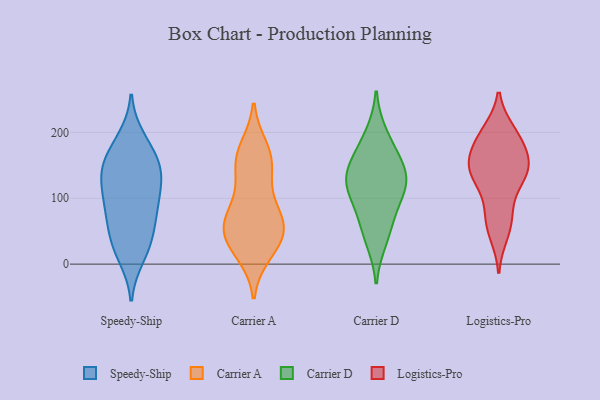
{"axis": {"x": "Gross Profit (USD K)", "y": "Value"}, "legend": ["Carrier A", "Carrier D", "Logistics-Pro", "Speedy-Ship"], "data": [{"x": "", "y": 136, "type": "Speedy-Ship"}, {"x": "", "y": 139, "type": "Speedy-Ship"}, {"x": "", "y": 192, "type": "Speedy-Ship"}, {"x": "", "y": 43, "type": "Speedy-Ship"}, {"x": "", "y": 42, "type": "Speedy-Ship"}, {"x": "", "y": 13, "type": "Speedy-Ship"}, {"x": "", "y": 187, "type": "Speedy-Ship"}, {"x": "", "y": 79, "type": "Speedy-Ship"}, {"x": "", "y": 10, "type": "Speedy-Ship"}, {"x": "", "y": 145, "type": "Speedy-Ship"}, {"x": "", "y": 37, "type": "Speedy-Ship"}, {"x": "", "y": 88, "type": "Speedy-Ship"}, {"x": "", "y": 149, "type": "Speedy-Ship"}, {"x": "", "y": 90, "type": "Speedy-Ship"}, {"x": "", "y": 126, "type": "Speedy-Ship"}, {"x": "", "y": 102, "type": "Speedy-Ship"}, {"x": "", "y": 66, "type": "Speedy-Ship"}, {"x": "", "y": 164, "type": "Speedy-Ship"}, {"x": "", "y": 112, "type": "Speedy-Ship"}, {"x": "", "y": 159, "type": "Speedy-Ship"}, {"x": "", "y": 17, "type": "Carrier A"}, {"x": "", "y": 159, "type": "Carrier A"}, {"x": "", "y": 121, "type": "Carrier A"}, {"x": "", "y": 60, "type": "Carrier A"}, {"x": "", "y": 53, "type": "Carrier A"}, {"x": "", "y": 83, "type": "Carrier A"}, {"x": "", "y": 75, "type": "Carrier A"}, {"x": "", "y": 38, "type": "Carrier A"}, {"x": "", "y": 163, "type": "Carrier A"}, {"x": "", "y": 25, "type": "Carrier A"}, {"x": "", "y": 65, "type": "Carrier A"}, {"x": "", "y": 44, "type": "Carrier A"}, {"x": "", "y": 150, "type": "Carrier A"}, {"x": "", "y": 175, "type": "Carrier A"}, {"x": "", "y": 60, "type": "Carrier D"}, {"x": "", "y": 197, "type": "Carrier D"}, {"x": "", "y": 119, "type": "Carrier D"}, {"x": "", "y": 126, "type": "Carrier D"}, {"x": "", "y": 155, "type": "Carrier D"}, {"x": "", "y": 133, "type": "Carrier D"}, {"x": "", "y": 116, "type": "Carrier D"}, {"x": "", "y": 36, "type": "Carrier D"}, {"x": "", "y": 86, "type": "Carrier D"}, {"x": "", "y": 166, "type": "Carrier D"}, {"x": "", "y": 147, "type": "Logistics-Pro"}, {"x": "", "y": 142, "type": "Logistics-Pro"}, {"x": "", "y": 200, "type": "Logistics-Pro"}, {"x": "", "y": 195, "type": "Logistics-Pro"}, {"x": "", "y": 142, "type": "Logistics-Pro"}, {"x": "", "y": 47, "type": "Logistics-Pro"}, {"x": "", "y": 160, "type": "Logistics-Pro"}, {"x": "", "y": 136, "type": "Logistics-Pro"}, {"x": "", "y": 152, "type": "Logistics-Pro"}, {"x": "", "y": 135, "type": "Logistics-Pro"}, {"x": "", "y": 98, "type": "Logistics-Pro"}, {"x": "", "y": 189, "type": "Logistics-Pro"}, {"x": "", "y": 64, "type": "Logistics-Pro"}, {"x": "", "y": 189, "type": "Logistics-Pro"}, {"x": "", "y": 68, "type": "Logistics-Pro"}]}